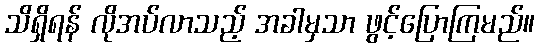
သိရှိရန် လိုအပ်လာသည့် အခါမှသာ ဖွင့်ပြောကြမည်။